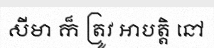
សីមា ក៏ ត្រូវ អាបត្តិ នៅ